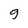
Character: 9